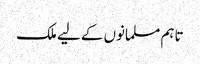
تاہم مسلمانوں کے لیے ملک